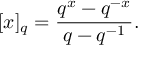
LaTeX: [ x ] _ { q } = \frac { q ^ { x } - q ^ { - x } } { q - q ^ { - 1 } } .